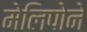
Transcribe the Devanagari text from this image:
मेलिपोने